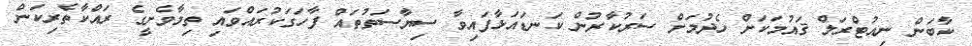
ކާބަން ނިއުޓްރަލް ޤައުމަކަށް ހެދުމަށް ސަރުކާރުން ކަނޑައަޅާފައިވާ ސިޔާސަތުތައް ފާހަގަކުރައްވައި ތިމާވެށީގެ ރައްކާތެރިކަން